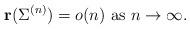
LaTeX: \begin{align*}{\bf r}(\Sigma^{(n)})=o(n)\ {\rm as}\ n\to\infty.\end{align*}